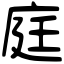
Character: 庭